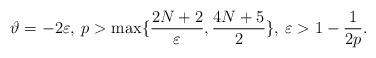
LaTeX: \begin{align*}\vartheta=-2\varepsilon,\: p>\max\{ \frac{2N+2}{\varepsilon},\frac{4N+5}{2}\},\: \varepsilon>1-\frac{1}{2p}. \end{align*}